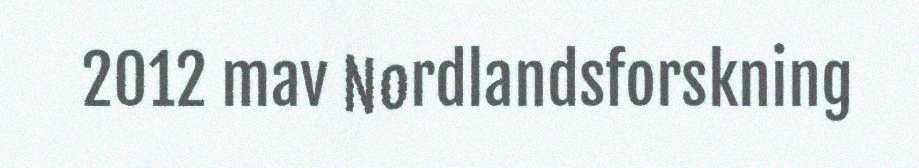
2012 mav Nordlandsforskning